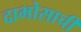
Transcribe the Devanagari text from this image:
दाभोसाची